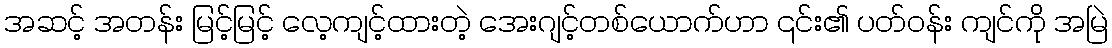
အဆင့် အတန်း မြင့်မြင့် လေ့ကျင့်ထားတဲ့ အေးဂျင့်တစ်ယောက်ဟာ ၎င်း၏ ပတ်ဝန်း ကျင်ကို အမြဲ